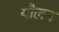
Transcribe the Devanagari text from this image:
यौलन